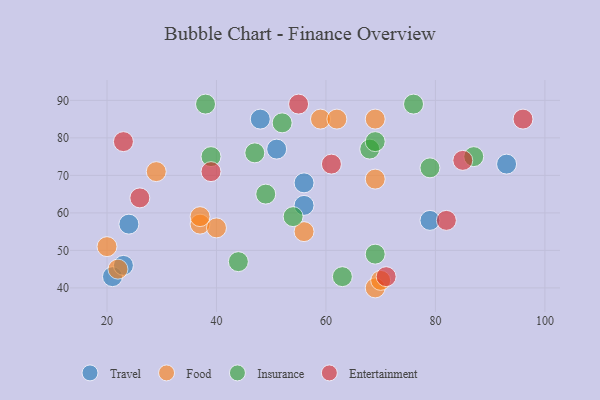
{"axis": {"x": "GDP", "y": "Life Expectancy"}, "legend": ["Entertainment", "Food", "Insurance", "Travel"], "data": [{"x": "93", "y": 73, "type": "Travel"}, {"x": "79", "y": 58, "type": "Travel"}, {"x": "24", "y": 57, "type": "Travel"}, {"x": "56", "y": 68, "type": "Travel"}, {"x": "56", "y": 62, "type": "Travel"}, {"x": "48", "y": 85, "type": "Travel"}, {"x": "51", "y": 77, "type": "Travel"}, {"x": "21", "y": 43, "type": "Travel"}, {"x": "23", "y": 46, "type": "Travel"}, {"x": "69", "y": 40, "type": "Food"}, {"x": "29", "y": 71, "type": "Food"}, {"x": "37", "y": 57, "type": "Food"}, {"x": "59", "y": 85, "type": "Food"}, {"x": "62", "y": 85, "type": "Food"}, {"x": "22", "y": 45, "type": "Food"}, {"x": "40", "y": 56, "type": "Food"}, {"x": "37", "y": 59, "type": "Food"}, {"x": "69", "y": 69, "type": "Food"}, {"x": "69", "y": 85, "type": "Food"}, {"x": "20", "y": 51, "type": "Food"}, {"x": "70", "y": 42, "type": "Food"}, {"x": "56", "y": 55, "type": "Food"}, {"x": "63", "y": 43, "type": "Insurance"}, {"x": "87", "y": 75, "type": "Insurance"}, {"x": "68", "y": 77, "type": "Insurance"}, {"x": "49", "y": 65, "type": "Insurance"}, {"x": "44", "y": 47, "type": "Insurance"}, {"x": "52", "y": 84, "type": "Insurance"}, {"x": "47", "y": 76, "type": "Insurance"}, {"x": "76", "y": 89, "type": "Insurance"}, {"x": "69", "y": 49, "type": "Insurance"}, {"x": "38", "y": 89, "type": "Insurance"}, {"x": "69", "y": 79, "type": "Insurance"}, {"x": "54", "y": 59, "type": "Insurance"}, {"x": "79", "y": 72, "type": "Insurance"}, {"x": "39", "y": 75, "type": "Insurance"}, {"x": "82", "y": 58, "type": "Entertainment"}, {"x": "55", "y": 89, "type": "Entertainment"}, {"x": "23", "y": 79, "type": "Entertainment"}, {"x": "39", "y": 71, "type": "Entertainment"}, {"x": "71", "y": 43, "type": "Entertainment"}, {"x": "61", "y": 73, "type": "Entertainment"}, {"x": "26", "y": 64, "type": "Entertainment"}, {"x": "85", "y": 74, "type": "Entertainment"}, {"x": "96", "y": 85, "type": "Entertainment"}]}